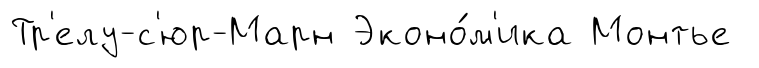
Тр'елу-с'юр-Марн Эконо́м'ика Монтье